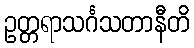
ဥတ္တရာသင်္ဂသတာနီတိ